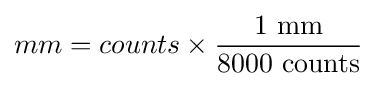
mm=counts\times {\frac {\text{1 mm}}{\text{8000 counts}}}